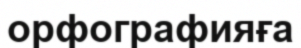
орфографияға